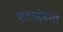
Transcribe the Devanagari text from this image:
स्लाईडशो